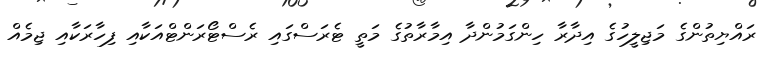
ރައްޔިތުންގެ މަޖިލީހުގެ އިދާރާ ހިންގަމުންދާ އިމާރާތުގެ މަތީ ޓެރަސްގައި ރެސްޓޯރަންޓްއަކާއި ފިހާރަކާއި ޖިމެއް